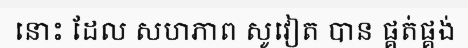
នោះ ដែល សហភាព សូវៀត បាន ផ្គត់ផ្គង់